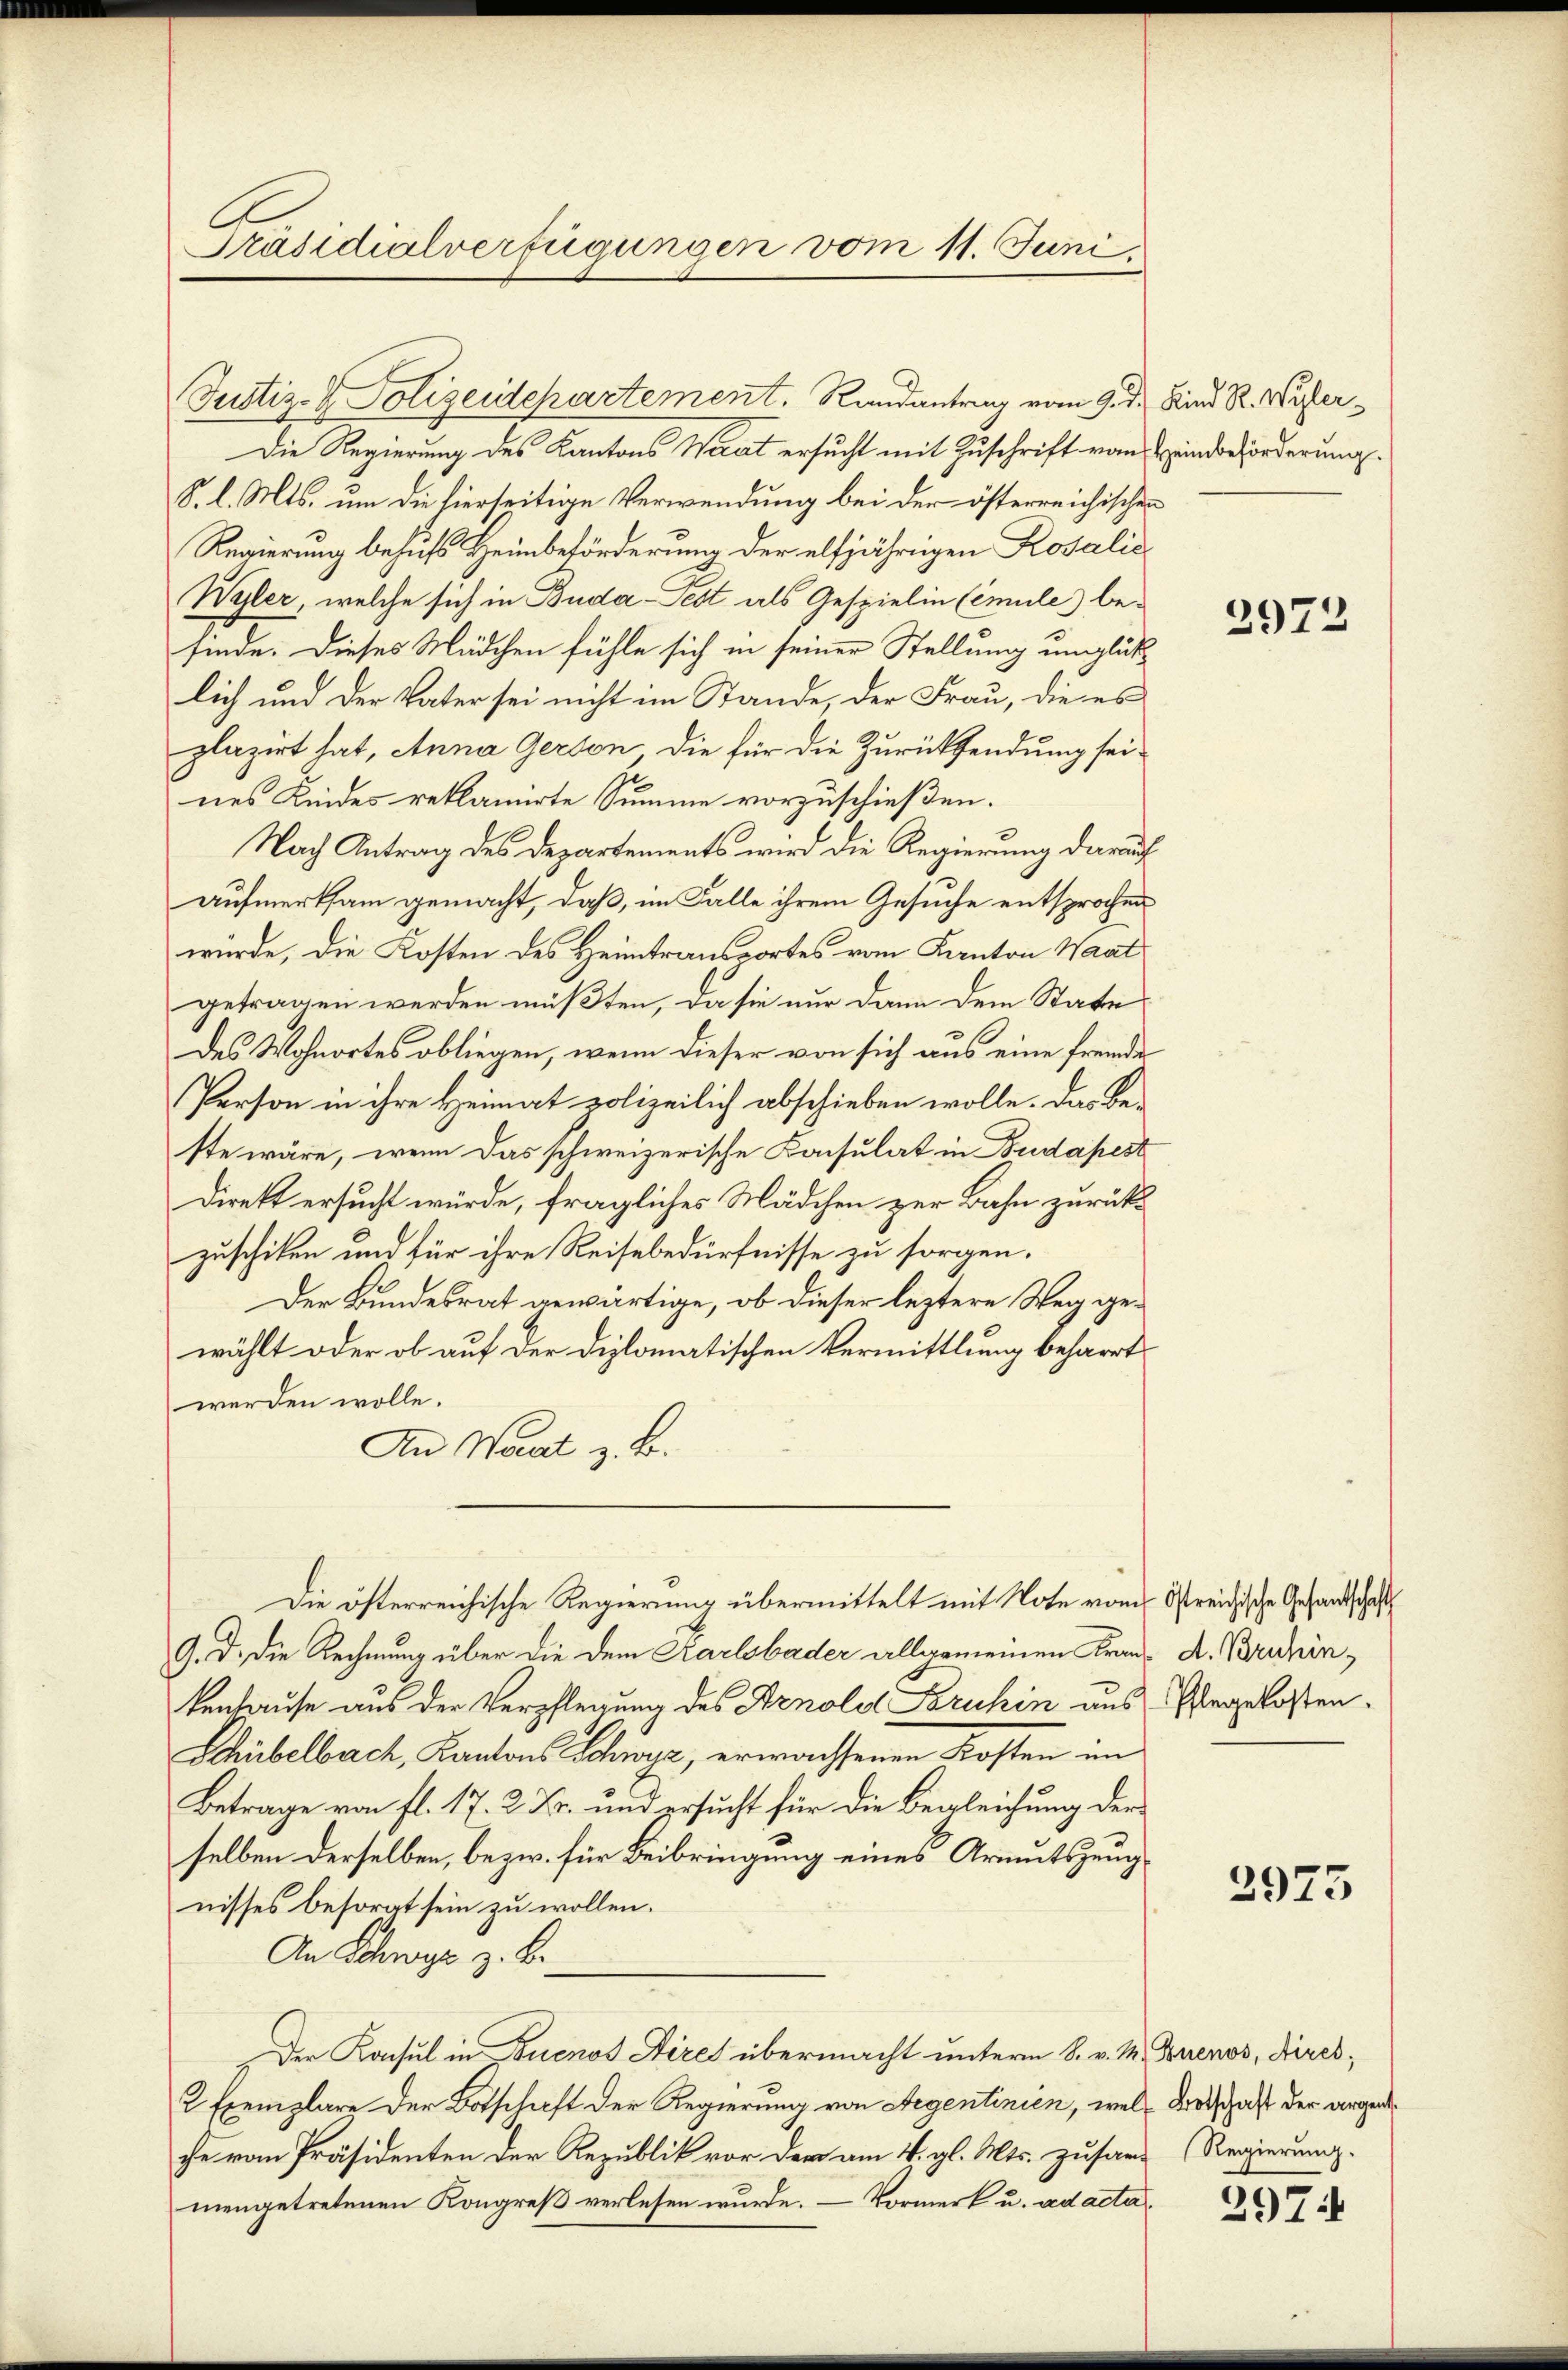
Präsidialverfügungen vom 11. Juni

Die Regierung des Kantons Waat ersucht mit Zuschrift vom Heindeförderung
S. l. Mts. um die hierseitige Verwendung bei der österreichischen
Regierung behufs Heimbeförderung der elfjährigen Rosalis
Wyler, welche sich in Buda-Fest als Gespielin (imule) befinde. Dieses Mädchen fühle sich in seiner Stellung unglücklich und der Vater sei nicht im Stande, der Frau, die es
plazirt hat, Anna Gerson, die für die Zurücksendung seines Kindes reklamierte Summe vorzuschießen.
Nach Antrag des Departements wird die Regierung darauf
aufmerksam gemacht, daß, im Falle ihrem Gesuche entsprochen
wurde, die Kosten des Heimtransportes vom Kanton Waat
getragen werden müßten, da sie nur dann dem Statte
des Wohnortes obliegen, wenn dieser von sich aus eine fremde
Person in ihre Heimat polizeilich abschieben wolle. Das Be-
ste wäre, wenn das schweizerische Konsulat in Budapest
Direkt ersucht würde, fragliches Mädchen zur Bahn zurückzuschiken und für ihre Reisebedürfnisse zu sorgen.
Der Bundesrat gewärtige, ob dieser leztere Weg gewählt oder ob auf der diplomatischen Vermittlung beharrt
werden wolle.
An Waadt z. B.
Die österreichische Regierung übermittelt mit Note vom streidische Gesandtschaft
9. d. die Rechnung über die dem Karlsbader allgemeinen Frau A. Bruhinkenhause aus der Verpflegung des Arnold Bruhin aus Essegelosten¬
Schübelbach, Kantons Schwyz, erwachsenen Kosten im
Betrage von fl. 17. 2. Fr. und ersucht für die Begleichung der
selben derselben, bezw. für Beibringung eines Armutszeugnisses besorgt sein zu wollen.
An Schwyz z. B.
Der Konsul in Buenos Aires übermacht unterm 8. v. M. Buenos, Direk¬
2 Exemplare der Botschaft der Regierung von Regentinien, wel dortschaft der argen
che vom Präsidenten der Republik vor der am 4. gl. Mts. zusam Regierung.
mengetretenen Kongreß verlesen wurde. – Vormerk u. ad acta¬

Justiz- & Polizeidepartement. Randantrag vom 9. d. Sind R. Wider¬

2972

2973

2974